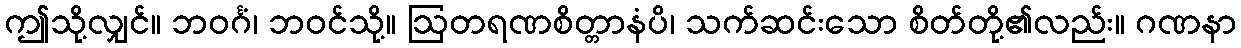
ဤသို့လျှင်။ ဘဝင်္ဂံ၊ ဘဝင်သို့။ ဩတရဏစိတ္တာနံပိ၊ သက်ဆင်းသော စိတ်တို့၏လည်း။ ဂဏနာ